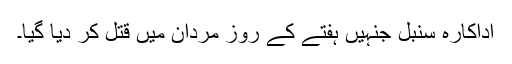
اداکارہ سنبل جنہیں ہفتے کے روز مردان میں قتل کر دیا گیا۔